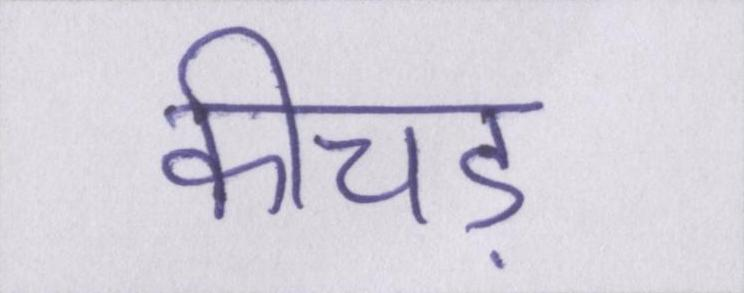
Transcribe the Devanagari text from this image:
कीचड़